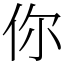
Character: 你